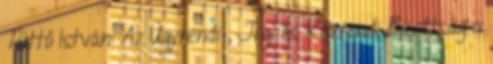
Tüttő István: Az Ügyrendi-, Jogi és Közrendi Bizottság a